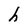
Character: h